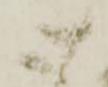
御